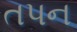
તપન